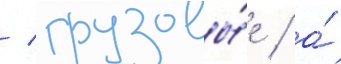
/ грузовы́е / а́